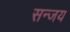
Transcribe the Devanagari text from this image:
सन्जय